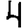
Digit: 4